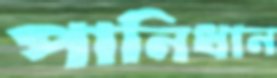
পানিধান